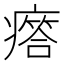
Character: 𤺥